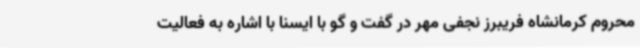
محروم کرمانشاه فریبرز نجفی مهر در گفت و گو با ایسنا با اشاره به فعالیت